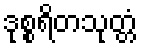
ဒုစ္စရိတသုတ္တံ